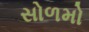
સોળમો